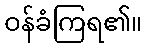
ဝန်ခံကြရ၏။